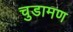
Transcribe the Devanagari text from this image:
चुडामण